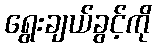
ရွေးချယ်ခွင့်ကို